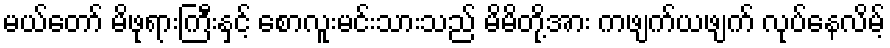
မယ်တော် မိဖုရားကြီးနှင့် စောလူးမင်းသားသည် မိမိတို့အား ကဖျက်ယဖျက် လုပ်နေလိမ့်